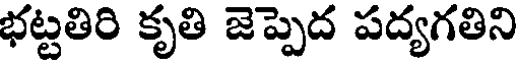
భట్టతిరి కృతి జెప్పెద పద్యగతిని